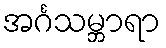
အင်္ဂသမ္ဘာရာ